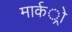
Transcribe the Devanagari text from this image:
मार्कर्ो